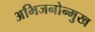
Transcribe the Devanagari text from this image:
अभिजनोन्मुख